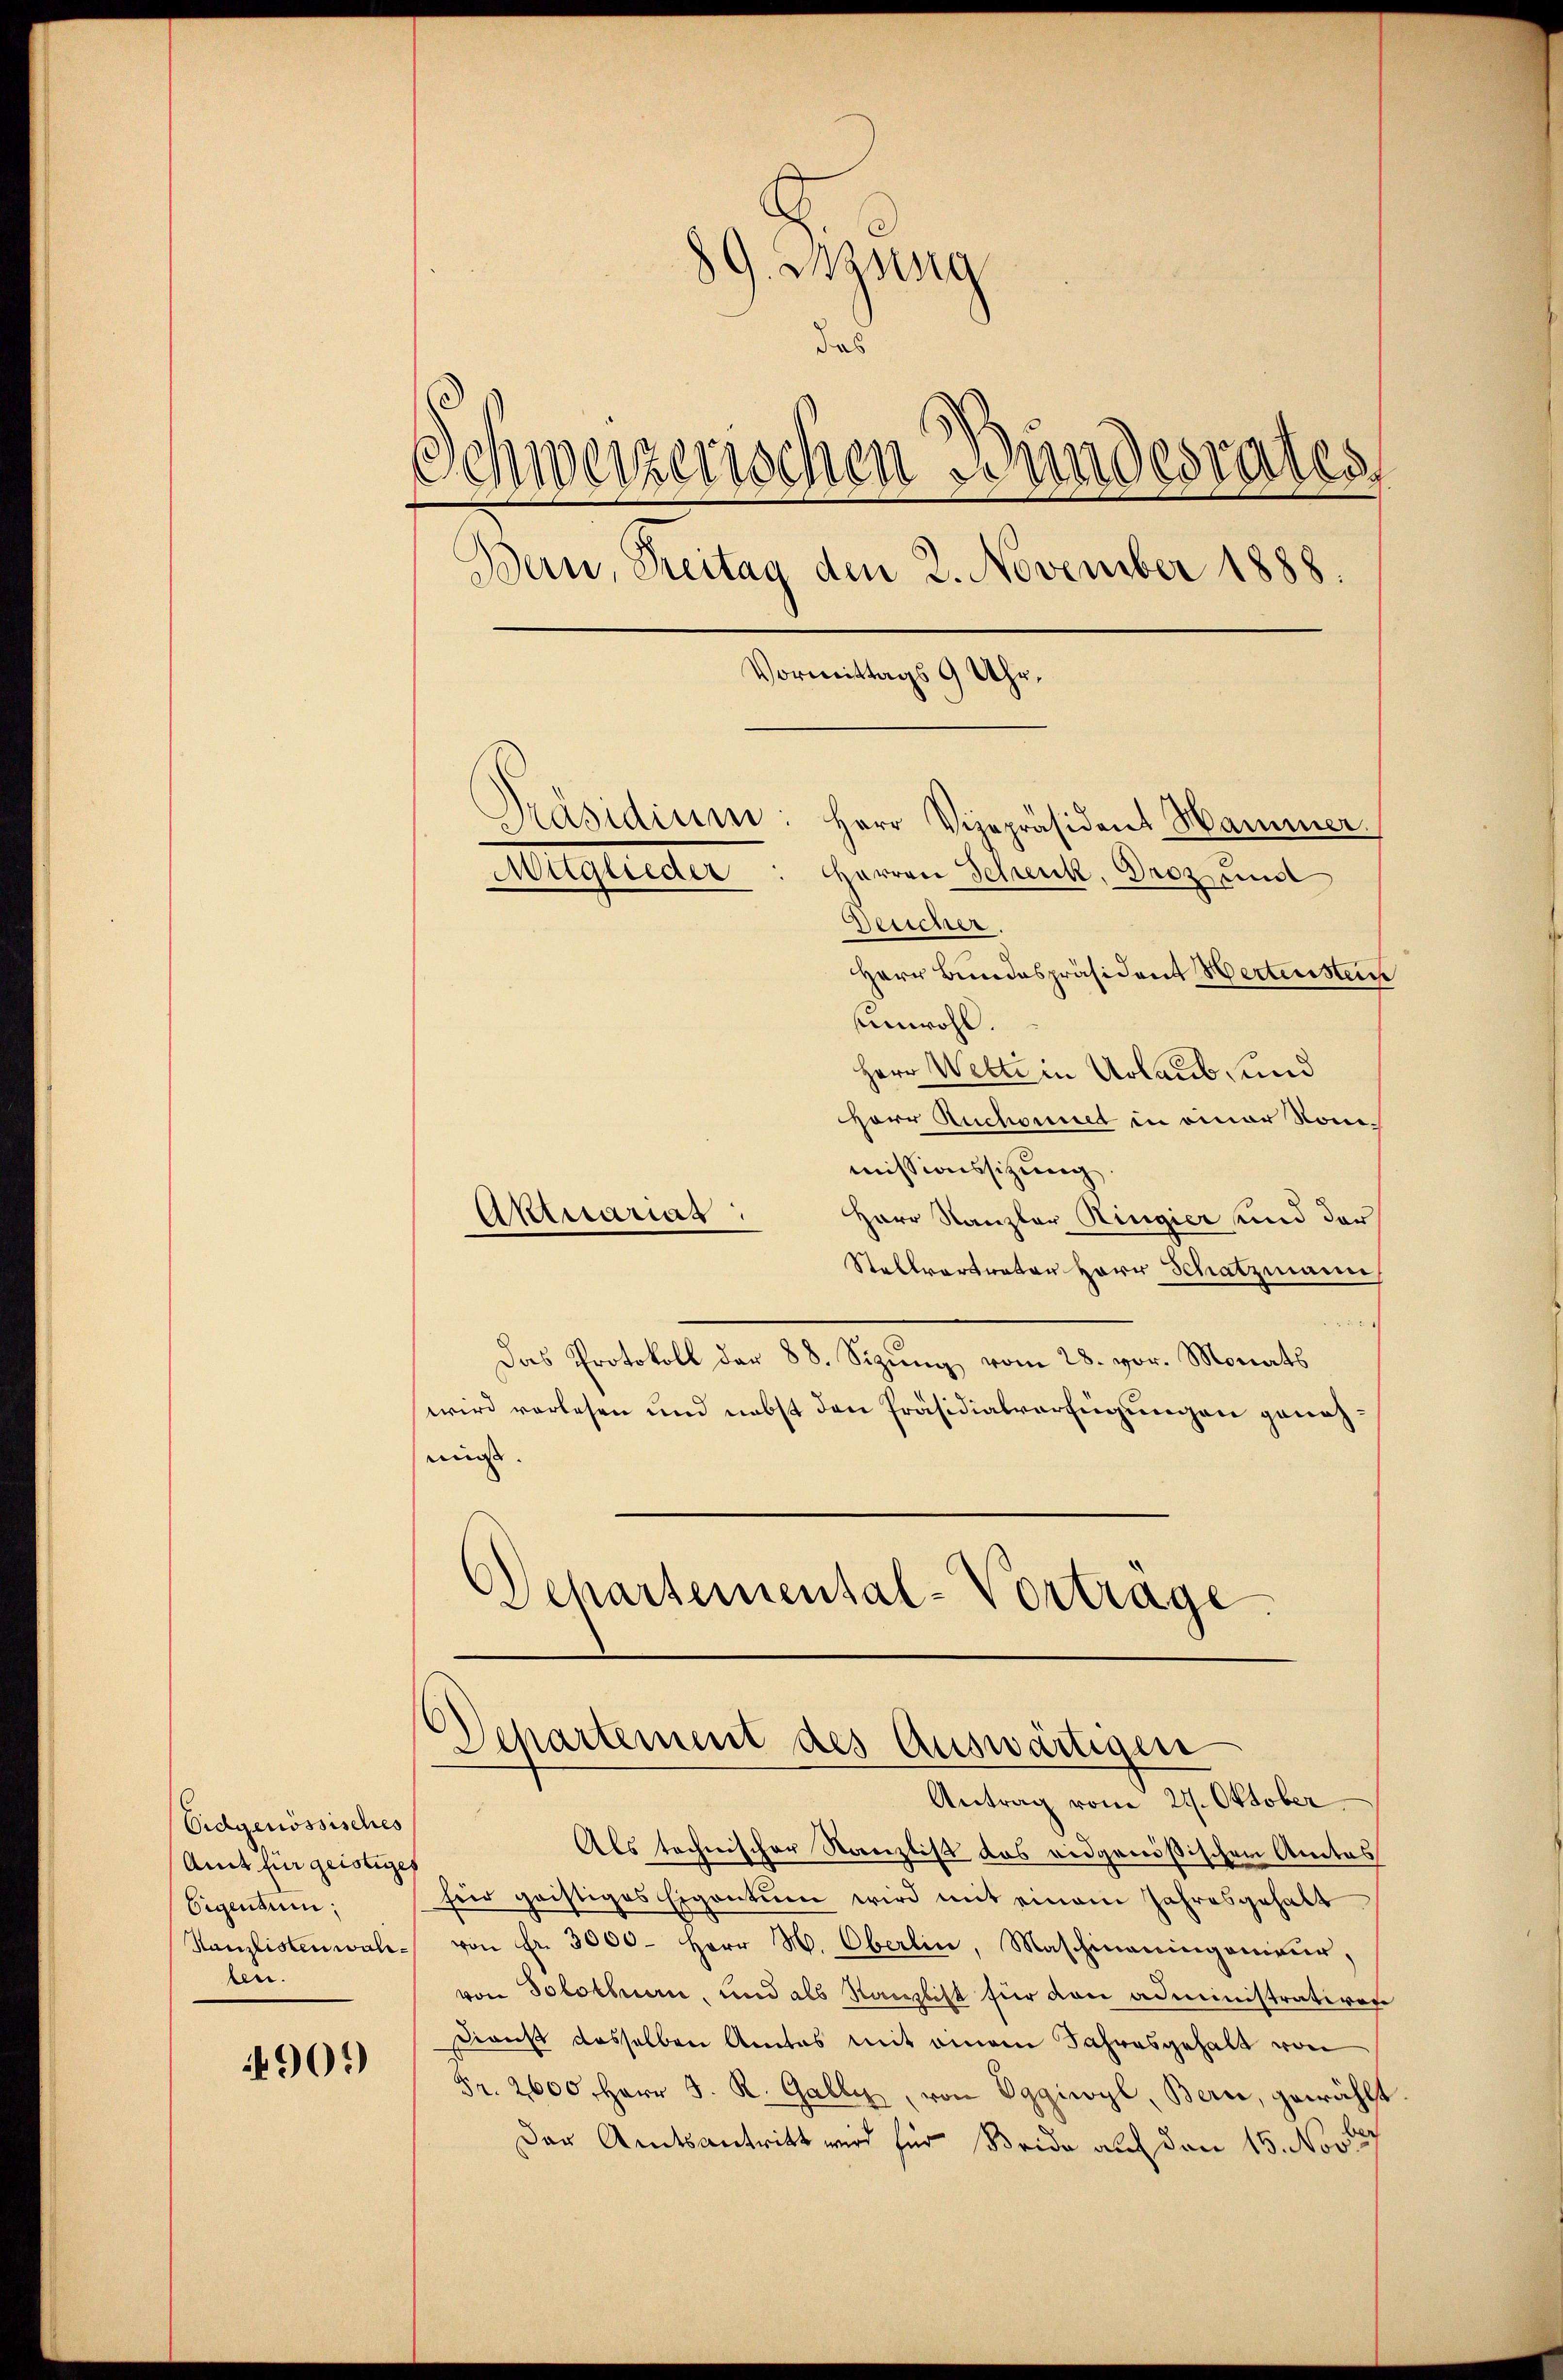
Eidgenössisches
Amt für geistiges
Eigentum:
Kanzlisten wahr.
ben.

909

89. Besorg
das
Schweizerischen Bundesrates
Bern, Treitag den 2. November 1888.
Vormittags 9 Uhr,

Präsidium: Herr Vizepräsident Hammer.
Besicher.
Herr Bundespräsident Hertenstein
Anwohl.
Herr Welti in Urlaub, und
HHerr Ruchonnet in einer Nomimissionssitzung
Herr Kanzler Ringier und der
Stellvertrator Herr Schatzmann
Das Protokoll der 88. Sizung vom 28. vor. Monats
wird vorlesen und nebst den Präsidialverfügungen genehmis.
Schartemental-Vortrage

Auglieder

Aktuariat

Herren Schenk, Droz und

Departement des Auswärtigen
Antrag vom 21. Oktober.

Als technischer Kanzlist das eidgenößischen Amtes
für geistiges Eigentum wird mit einem Jahresgehalt
von Fr. 3000- Herr H. Oberlin, Maschinauingenieur,
von Solothuen, und als Kanzlist für den administrativen
Dienst dasselben Amtes mit einem Jahresgehalt von
Fr. 2600 Herr J. R. Galle, von Oggiwyl, Bern, gewählt
Der Amtsantritt wird für Beide auf den 15. Nove